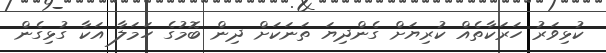
ކުޅިވަރު ހަރަކާތެއް ކުރިޔަށް ގެންދިޔަ ތަނަކަށް ދިން ބޮމުގެ ހަމަލާ އަކާ ގުޅިގެން